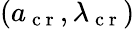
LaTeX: (a_{\mathrm{~c~r~}},\lambda_{\mathrm{~c~r~}})